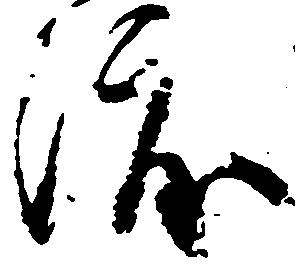
渡